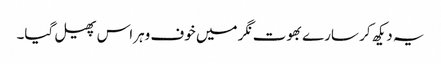
یہ دیکھ کر سارے بھوت نگر میں خوف وہراس پھیل گیا۔